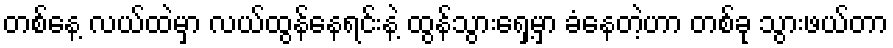
တစ်နေ့ လယ်ထဲမှာ လယ်ထွန်နေရင်းနဲ့ ထွန်သွားရှေ့မှာ ခံနေတဲ့ဟာ တစ်ခု သွားဖယ်တာ